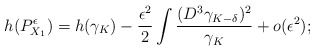
\begin{align*}h(P_{X_1}^{\epsilon})=h(\gamma_K)-\frac{\epsilon^2}{2}\int\frac{(D^3\gamma_{K-\delta})^2}{\gamma_K}+o(\epsilon^2);\end{align*}